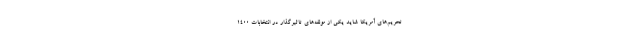
تحریم‌های آمریکا شاید یکی از مولفه‌های تاثیرگذار در انتخابات ۱۴۰۰